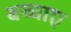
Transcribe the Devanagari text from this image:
बच्चाए